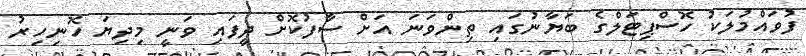
ފުވައްމުލަކު ހޮސްޕިޓަލްގެ ބަޔާނުގައި ތިންވަނަ އަށް ސާފުކޮށް ދީފައި ވަނީ މިދިޔަ ހޮނިހިރު